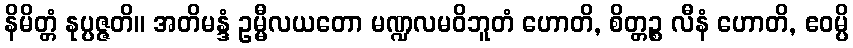
နိမိတ္တံ နုပ္ပဇ္ဇတိ။ အတိမန္ဒံ ဥမ္မီလယတော မဏ္ဍလမဝိဘူတံ ဟောတိ, စိတ္တဉ္စ လီနံ ဟောတိ, ဧဝမ္ပိ